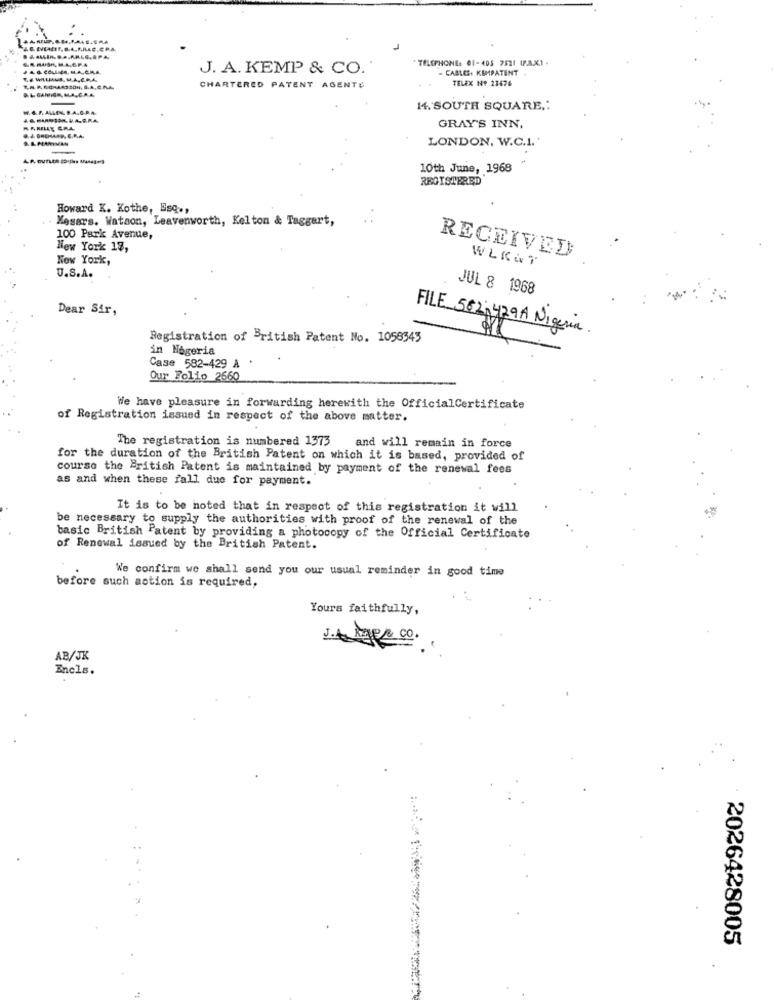
TELEPHONE: 01-405 7521 (P.8.X1 -
J. A. KEMP & CO.
CABLES. KIMPATENT
TELEX N# 23676
T.A. R. RICHARDSON, S.A. C.M.A.
DL. GAMIGAMLA. C.A.A.
CHARTERED PATENT AGENTE
14. SOUTH SQUARE .:
MARILLE GRA
GRAY'S INN.
LONDON, W.C.I.'
10th June, 1968
REGISTERED
Howard K. Kothe, Esq .,
. Mesars. Watson, Leavenworth, Kelton & Taggart,
100 Park Avenue,
New York 17,
RECEIVED
New York,
WLK&T
U.S.A.
JUL 8 1968
Dear Sir,
FILE 562;429A Nigeria.
Registration of British Patent No. 1058343
in Nigeria
Case 582-429 A
Our Folio 2660
We have pleasure in forwarding herewith the OfficialCertificate
of Registration issued in respect of the above matter.
The registration is numbered 1373 and will remain in force
for the duration of the British Patent on which it is based, provided of
course the British Patent is maintained by payment of the renewal fees
as and when these fall due for payment.
It is to be noted that in respect of this registration it will
be necessary to supply the authorities with proof of the renewal of the
basic British Patent by providing a photocopy of the Official Certificate
of Renewal issued by the British Patent.
We confirm we shall send you our usual reminder in good time
before such action is required,
Yours faithfully,
1. 4 Age& co.
AB/JK
Encls.
2026428005